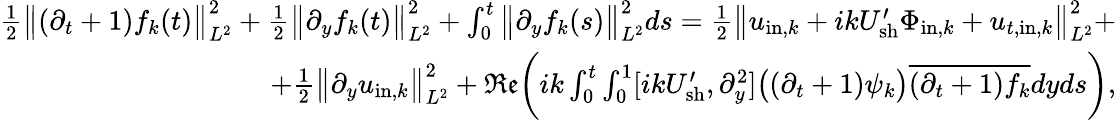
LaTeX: \begin{array}{r}{\frac{1}{2}\big\| (\partial_{t}+1)f_{k}(t)\big\| _{L^{2}}^{2}+\frac{1}{2}\big\| \partial_{y}f_{k}(t)\big\| _{L^{2}}^{2}+\int_{0}^{t}\big\| \partial_{y}f_{k}(s)\big\| _{L^{2}}^{2}ds=\frac{1}{2}\big\| u_{\mathrm{in},k}+ikU_{\mathrm{sh}}^{\prime}\Phi_{\mathrm{in},k}+u_{t,\mathrm{in},k}\big\| _{L^{2}}^{2}+}\\ {+\frac{1}{2}\big\| \partial_{y}u_{\mathrm{in},k}\big\| _{L^{2}}^{2}+{\mathfrak{Re}}\bigg(ik\int_{0}^{t}\int_{0}^{1}[ikU_{\mathrm{sh}}^{\prime},\partial_{y}^{2}]\big((\partial_{t}+1)\psi_{k}\big)\overline{{(\partial_{t}+1)f_{k}}}dyds\bigg),}\end{array}